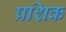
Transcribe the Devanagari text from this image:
प्रशिक